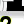
Digit: 2